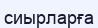
сиырларға